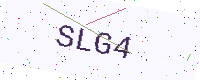
Text: SLG4